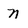
Character: N